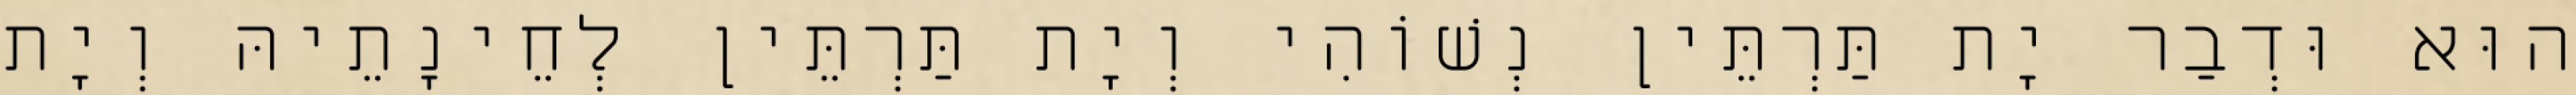
הוּא וּדְבַר יָת תַּרְתֵּין נְשׁוֹהִי וְיָת תַּרְתֵּין לְחֵינָתֵיהּ וְיָת